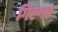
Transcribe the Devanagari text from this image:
गिरगए